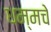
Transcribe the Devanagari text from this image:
धम्मचे